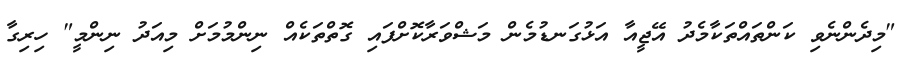
"މިދެންނެވި ކަންތައްތަކާމެދު އޭޖީއާ އަޅުގަނޑުމެން މަޝްވަރާކޮށްފައި ގޮތްތަކެއް ނިންމުމަށް މިއަދު ނިންމީ" ހިރިގާ